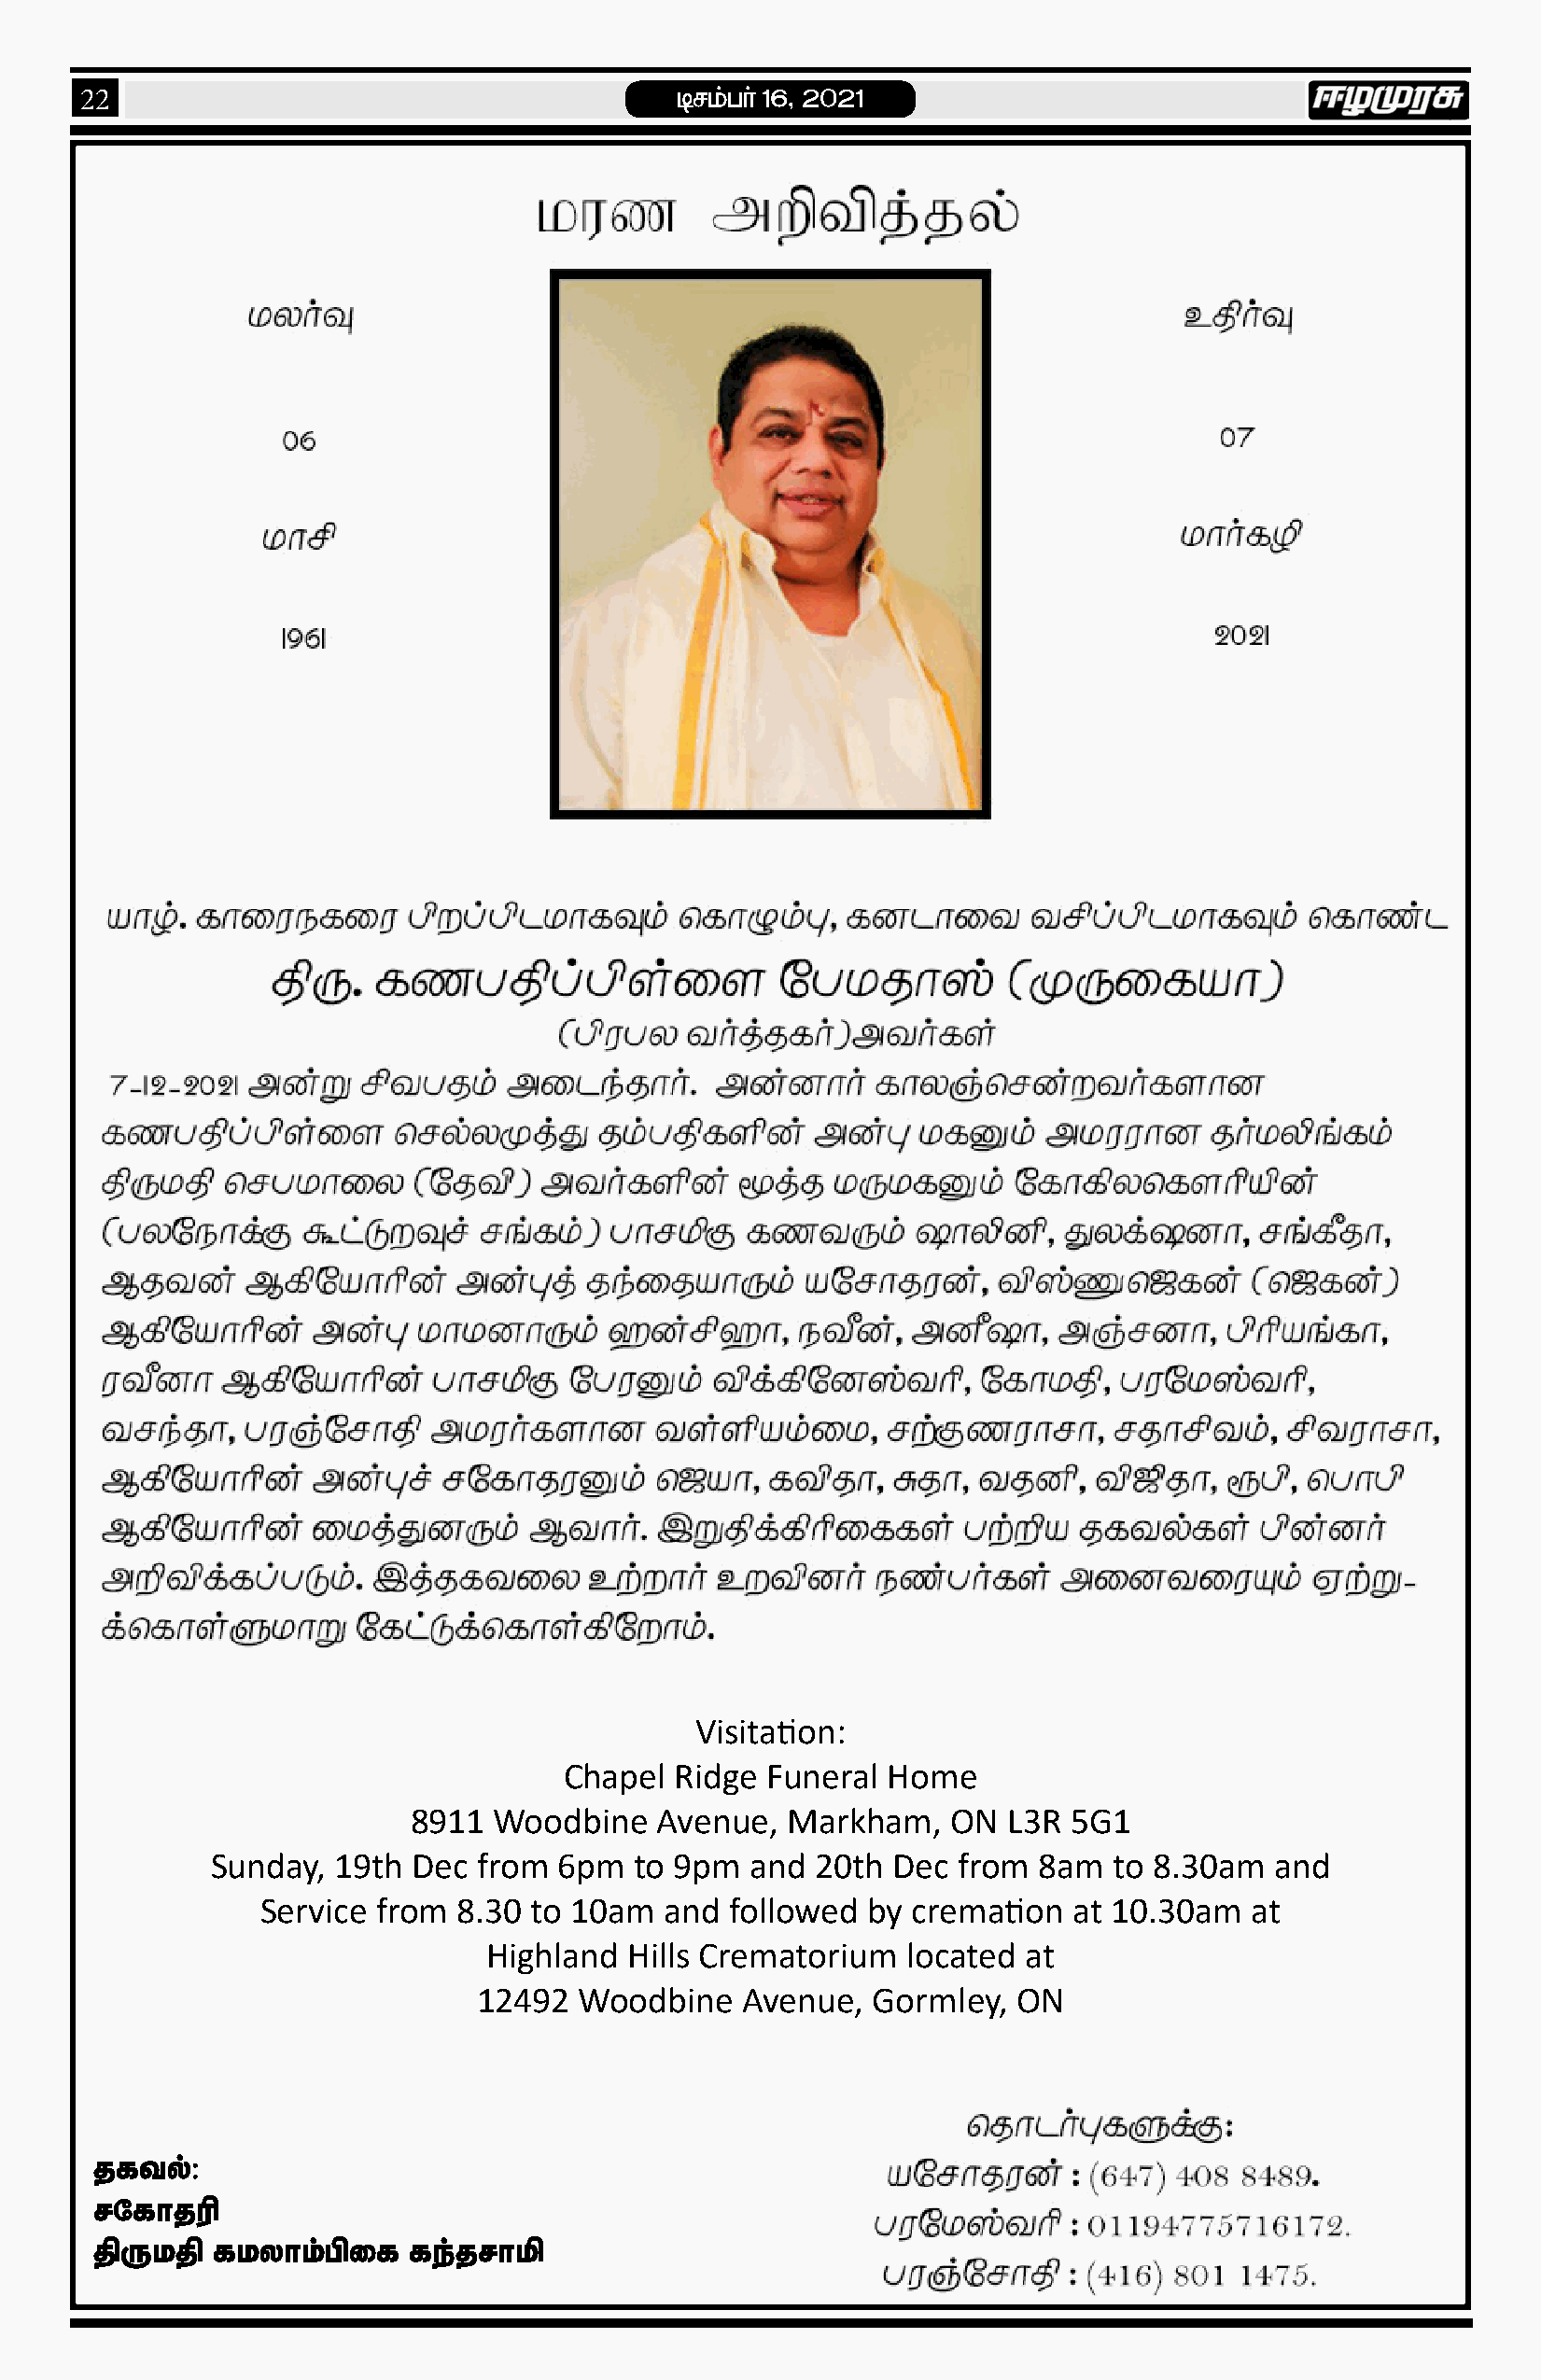
brkg; h ; 16> 2021
 22
 Visitation:
 Chapel  Ridge Funeral  Home
 8911  Woodbine    Avenue,  Markham,   ON  L3R  5G1
 Sunday,  19th Dec  from  6pm  to 9pm  and  20th Dec  from  8am  to 8.30am  and
 Service  from 8.30  to 10am  and  followed  by cremation  at 10.30am   at
 Highland   Hills Crematorium  located  at
 12492  Woodbine    Avenue,  Gormley,  ON
 jfty;:
 rNfhjup
 jpUkjp  fkyhk;gpif    fe;jrhkp